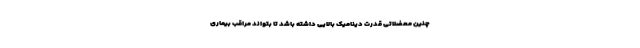
چنین معضلاتی قدرت دینامیک بالایی داشته باشد تا بتواند مراقب بیماری